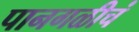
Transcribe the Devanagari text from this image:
पानगळीचं